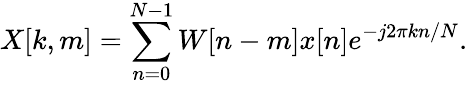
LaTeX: X[k,m]=\sum_{n=0}^{N-1}W[n-m]x[n]e^{-j2\pi kn/N}.